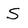
Character: S